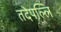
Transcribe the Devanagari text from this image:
तदेपल्लि